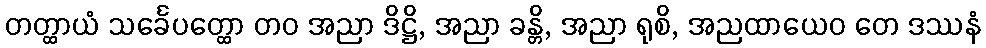
တတ္ထာယံ သင်္ခေပတ္ထော တဝ အညာ ဒိဋ္ဌိ, အညာ ခန္တိ, အညာ ရုစိ, အညထာယေဝ တေ ဒဿနံ